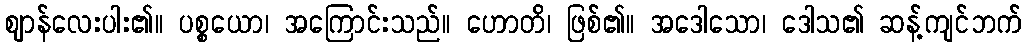
ဈာန်လေးပါး၏။ ပစ္စယော၊ အကြောင်းသည်။ ဟောတိ၊ ဖြစ်၏။ အဒေါသော၊ ဒေါသ၏ ဆန့်ကျင်ဘက်